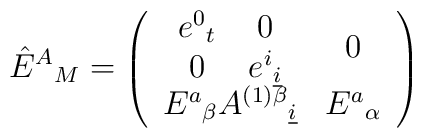
\hat{E}^A{}_{M} = \left( \begin{array}{cc} \matrix{e^0{}_t & 0 \cr0 &  e^i{}_{\underline i}\cr} &0 \\  E^{a}{}_{{\beta}} A^{(1){\beta}}{}_{\underline i}  & E^{a}{}_{\alpha} \end{array} \right)